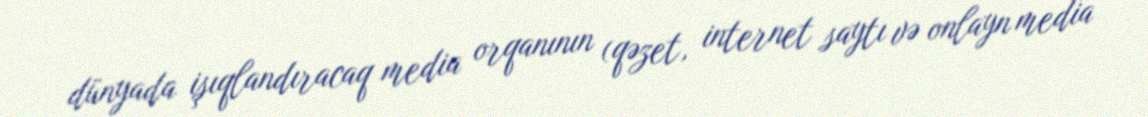
dünyada işıqlandıracaq media orqanının (qəzet, internet saytı və onlayn media